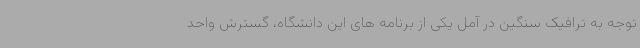
توجه به ترافیک سنگین در آمل یکی از برنامه های این دانشگاه، گسترش واحد